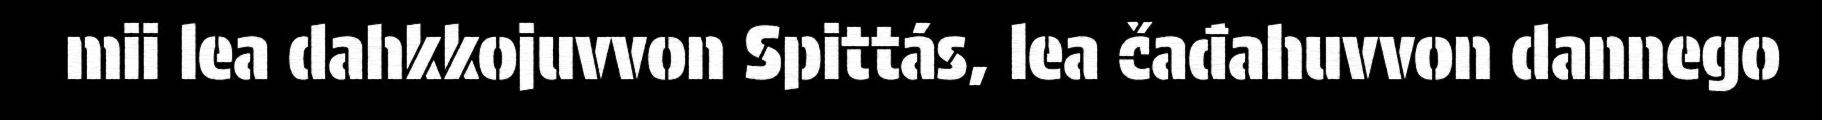
mii lea dahkkojuvvon Spittás, lea čađahuvvon dannego